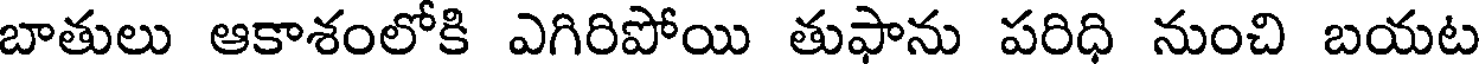
బాతులు ఆకాశంలోకి ఎగిరిపోయి తుఫాను పరిధి నుంచి బయట